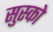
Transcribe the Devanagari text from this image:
सुस्को